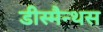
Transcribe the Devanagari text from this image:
डीस्मैन्थस